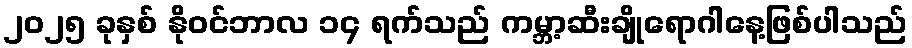
၂၀၂၅ ခုနှစ် နိုဝင်ဘာလ ၁၄ ရက်သည် ကမ္ဘာ့ဆီးချိုရောဂါနေ့ဖြစ်ပါသည်